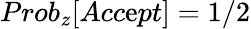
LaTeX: Prob_{z}[Acc\mathrm{e}pt]=1/2